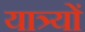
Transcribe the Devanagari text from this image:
यात्र्यों